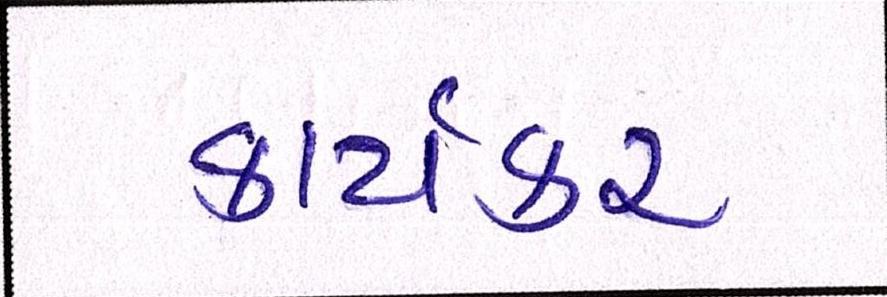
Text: કાર્યકર